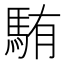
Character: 𩣋